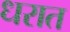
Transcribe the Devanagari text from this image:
धरात